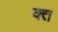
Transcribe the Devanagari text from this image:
क्‍त